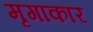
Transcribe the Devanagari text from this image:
मृगाकार